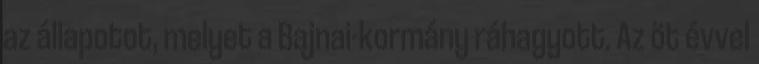
az állapotot, melyet a Bajnai-kormány ráhagyott. Az öt évvel